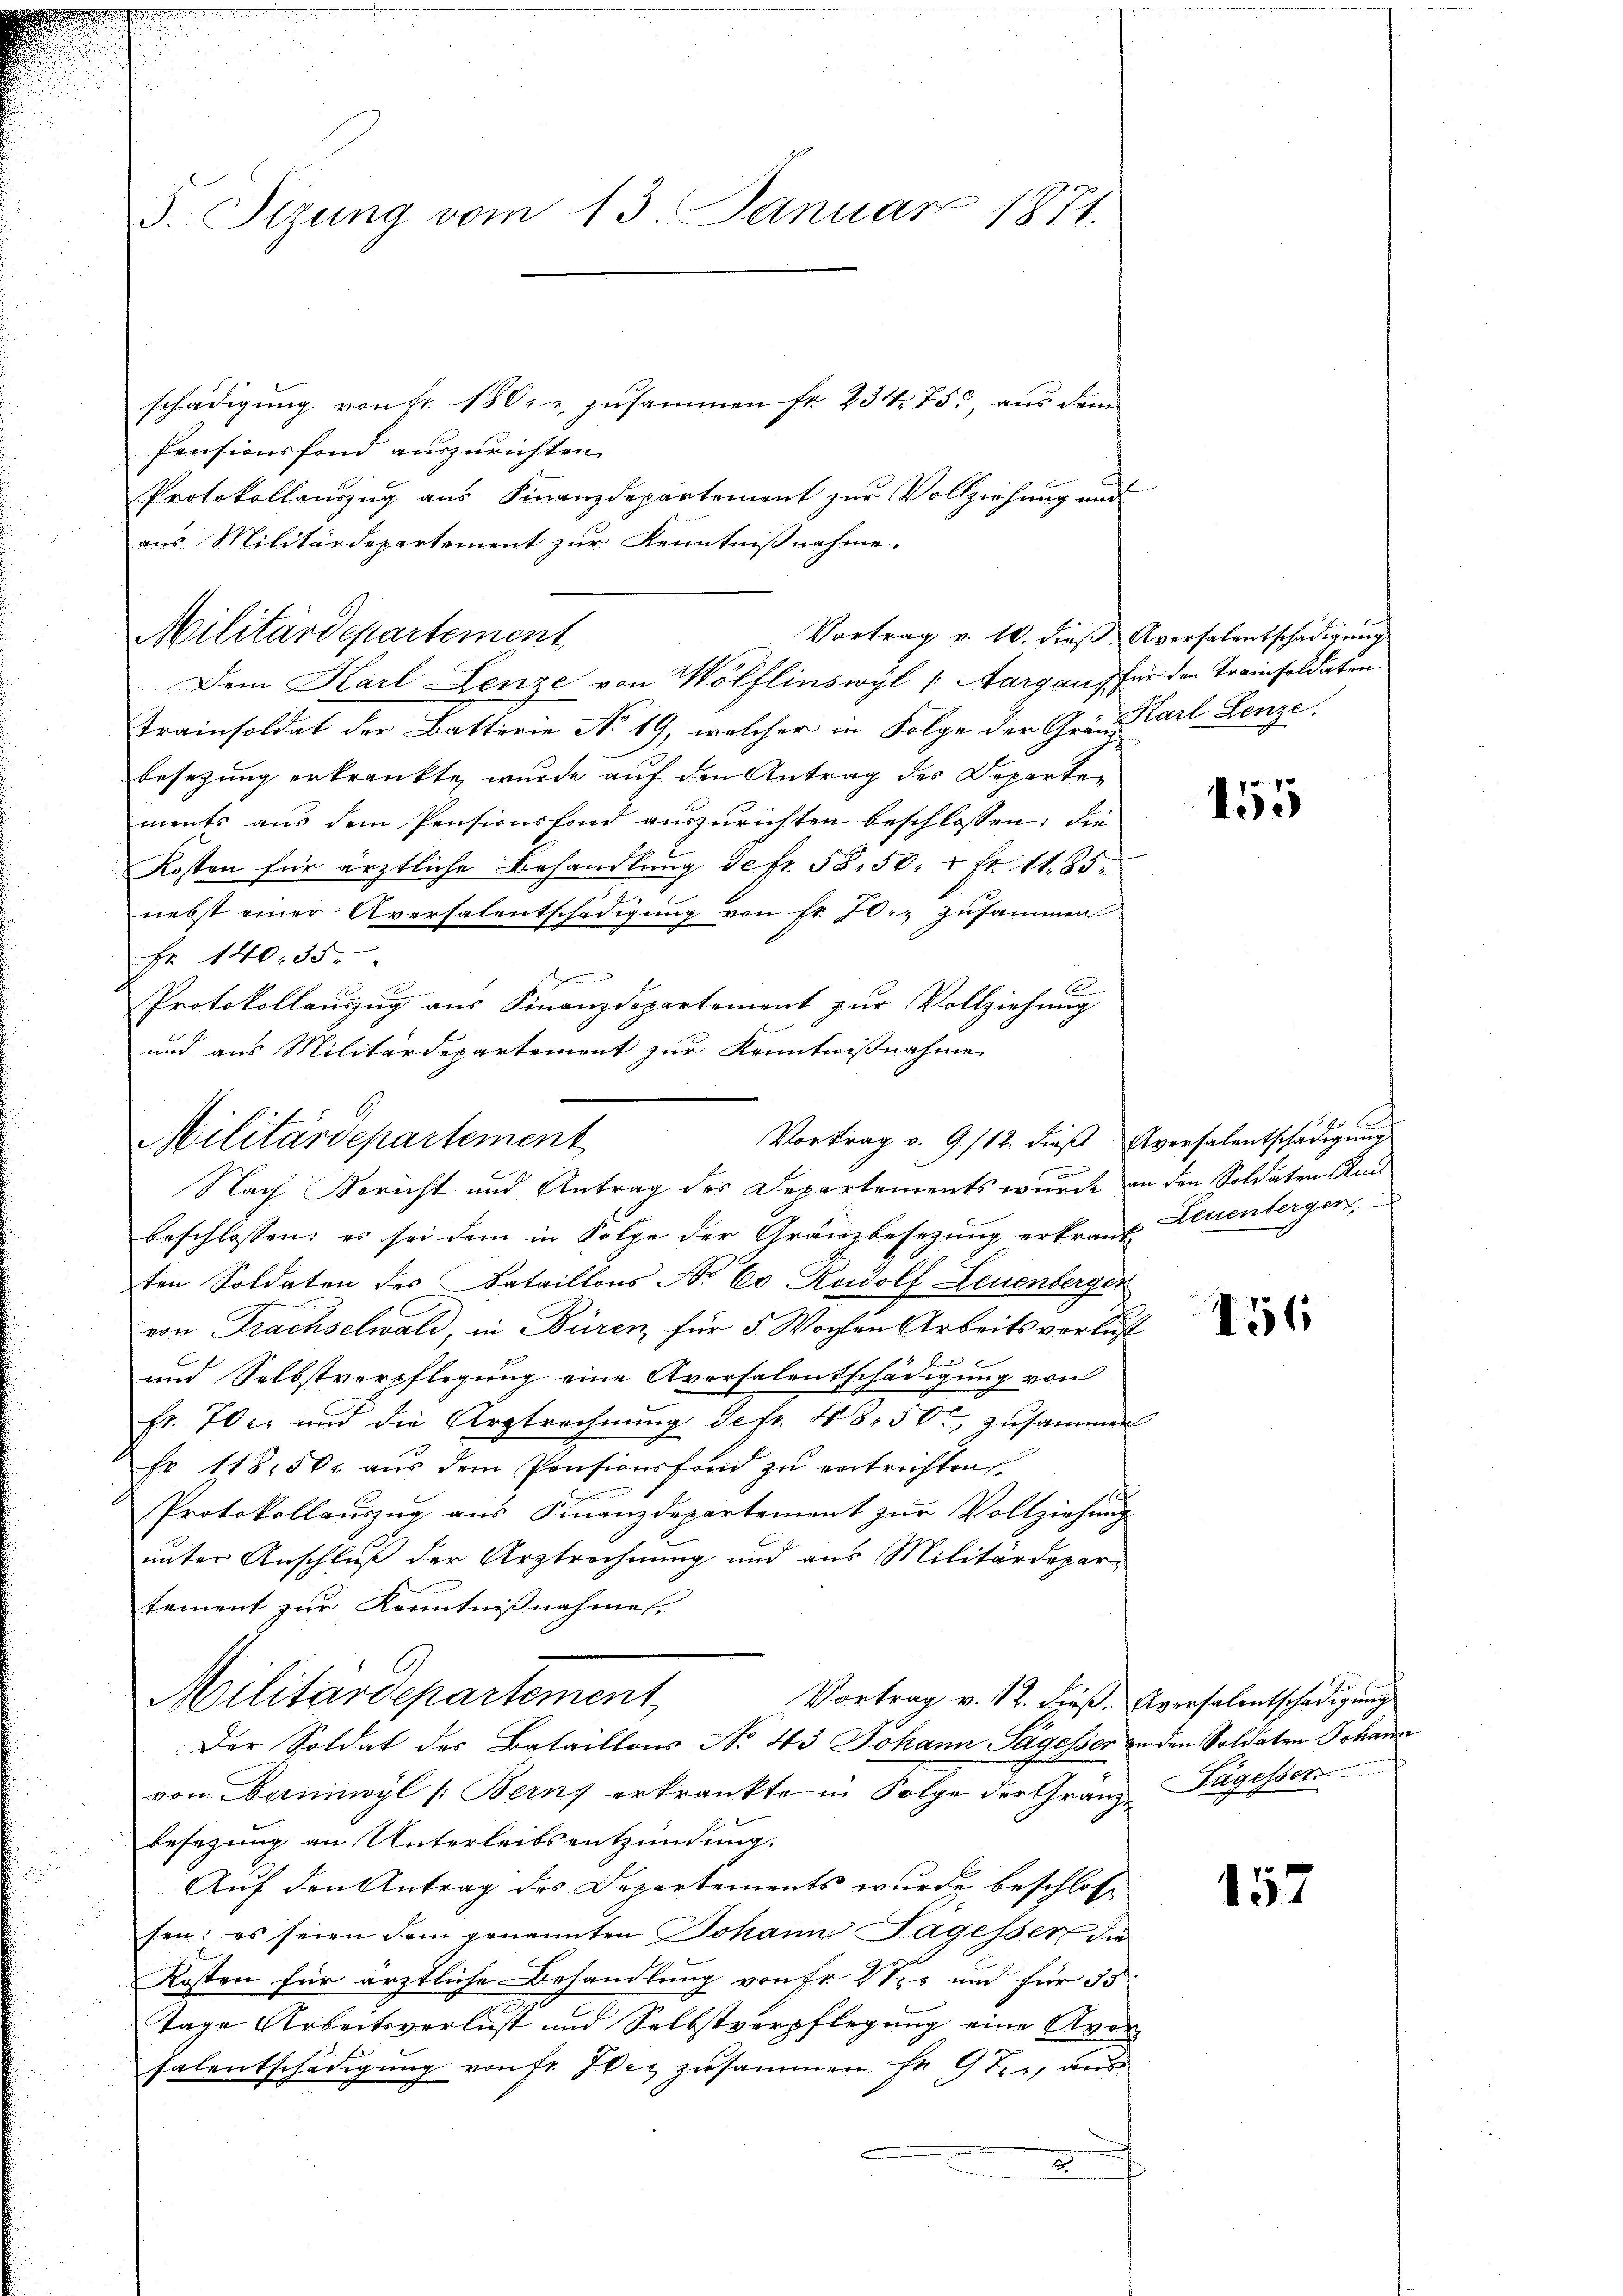
5. Stzung vom 13. Januar 1871.

schädigung von fr. 180, u. zusammen fr. 234. 753, aus dem
Pensionsfond auszurichten.
Protokollauszug aus Finanzdepartement zur Vollziehung und
Dem Karl Lenze von Wölflinswyl (Aargaus für den Kreisoldaten
Trainsoldat der Batterie No. 19, welcher in Folge der Gr. Karl Lenze
besezung erkrankte, wurde auf den Antrag des Departen
ments aus dem Pensionsfond auszurichten beschlossen: die
Kosten für ärztliche Behandlung de fr. 58. 50. 7 fr. 11. 85.
nebst einer Aversalentschädigung von Fr. 70. zusammen
Nr 140. 35.
¬
Protokollauszug aus Finanzdepartement zur Vollziehung
und aus Militärdepartement zur Kenntnißnahme
s
Nach Bericht und Antrag des Departements wurde an den Soldaten Kais
beschlossen; es sei dem in Folge der Gränzbesezung erkrant Leuenberger
ten Soldaten des Bataillons No. 60 Roidolf Leuenberger
von Frachselwald, in Büren für 5 Wochen Arbeits verlust
4 f

und Selbstverpflegung eine Aversalentschädigung von
Fr. 70 c. und die Urgtrechnung defr. 48. 50, zusammen
Fr. 118, 50. aŭs dem Pensionsfond zu entrichten
Protokollauszug aus Finanzdepartement zur Vollziehung
unter Anschluß der Arztrechnung und aus Militärdepartement zur Kenntnißnahmen.
Militärdepartement
Vortrag v. 12. Freß. Aversalentschädigung
Der Soldat des Bataillons No. 43 Johann Segesser an den Soldaten Johann
von Baninwyl (Berns erkrankte in Folge der Gränz Tagesser
besezung an Unterleibsentzündung.
Auf den Antrag des Departements wurde beschlosfen: es seien dem genannten Johann Tagesser die
Kosten für ärztliche Behandlung von Fr. 2 S. und für 53:
Tage Arbeitsverlust und Selbstverpflegung eine Avor
Falentschädigung von fr. Idee zusammen fr. 9 te, aus

Militärdepartement

aus Militärdepartement zur Kenntnißnahme
Vortrag v. 10. dieß Aversalentschädigung

Vortrag v. 9./12. dieß Aversalentschädigung
Militärdepartement

155

11 f 6 x

156

157